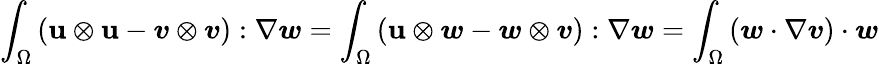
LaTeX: \int_{\Omega}\left(\boldsymbol{\mathbf{u}}\otimes\boldsymbol{\mathbf{u}}-\boldsymbol{v}\otimes\boldsymbol{v}\right):\nabla\boldsymbol{w}=\int_{\Omega}\left(\boldsymbol{\mathbf{u}}\otimes\boldsymbol{w}-\boldsymbol{w}\otimes\boldsymbol{v}\right):\nabla\boldsymbol{w}=\int_{\Omega}\left(\boldsymbol{w}\cdot\nabla\boldsymbol{v}\right)\cdot\boldsymbol{w}